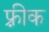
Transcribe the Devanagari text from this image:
फ़्रीक